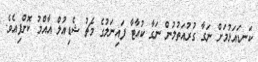
ކަނޑައަޅުމަށް ނަގާ ގުރުއަތުލުން ނަގާ ކުއާޓާ ފައިނަލުގެ މެޗު ޝެޑިއުލް އާއްމު ކޮށްފިއެވެ.